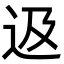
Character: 﨤